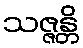
သဇ္ဇန္တိ